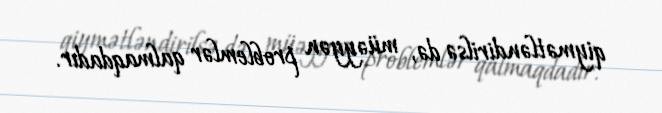
qiymətləndirilsə də, müəyyən problemlər qalmaqdadır.